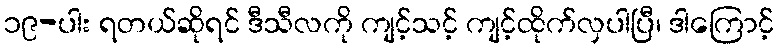
၁၉-ပါး ရတယ်ဆိုရင် ဒီသီလကို ကျင့်သင့် ကျင့်ထိုက်လှပါပြီ၊ ဒါကြောင့်